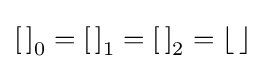
\left[\,\right]_{0}=\left[\,\right]_{1}=\left[\,\right]_{2}=\left\lfloor \,\right\rfloor